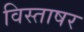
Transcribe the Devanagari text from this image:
विस्ताषर